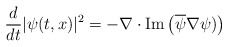
\begin{align*}\frac{d}{dt}|\psi (t,x)|^{2}=-\nabla \cdot \mathrm{Im}\left( \overline{\psi }\nabla \psi )\right) \end{align*}